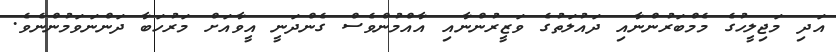
އަދި މަޖިލީހުގެ މެމްބަރުންނާއި ދައުލަތުގެ ވަޒީރުންނާއި އާއްމުންވެސް ގެންދަނީ އީވާއަށް މަރުހަބާ ދަންނަވަމުންނެވެ.